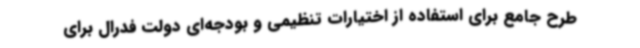
طرح جامع برای استفاده از اختیارات تنظیمی و بودجه‌ای دولت فدرال برای